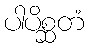
ပါပိစ္ဆတံ